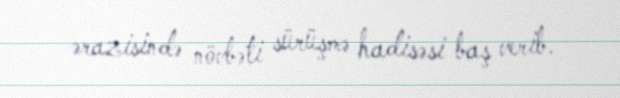
ərazisində növbəti sürüşmə hadisəsi baş verib.